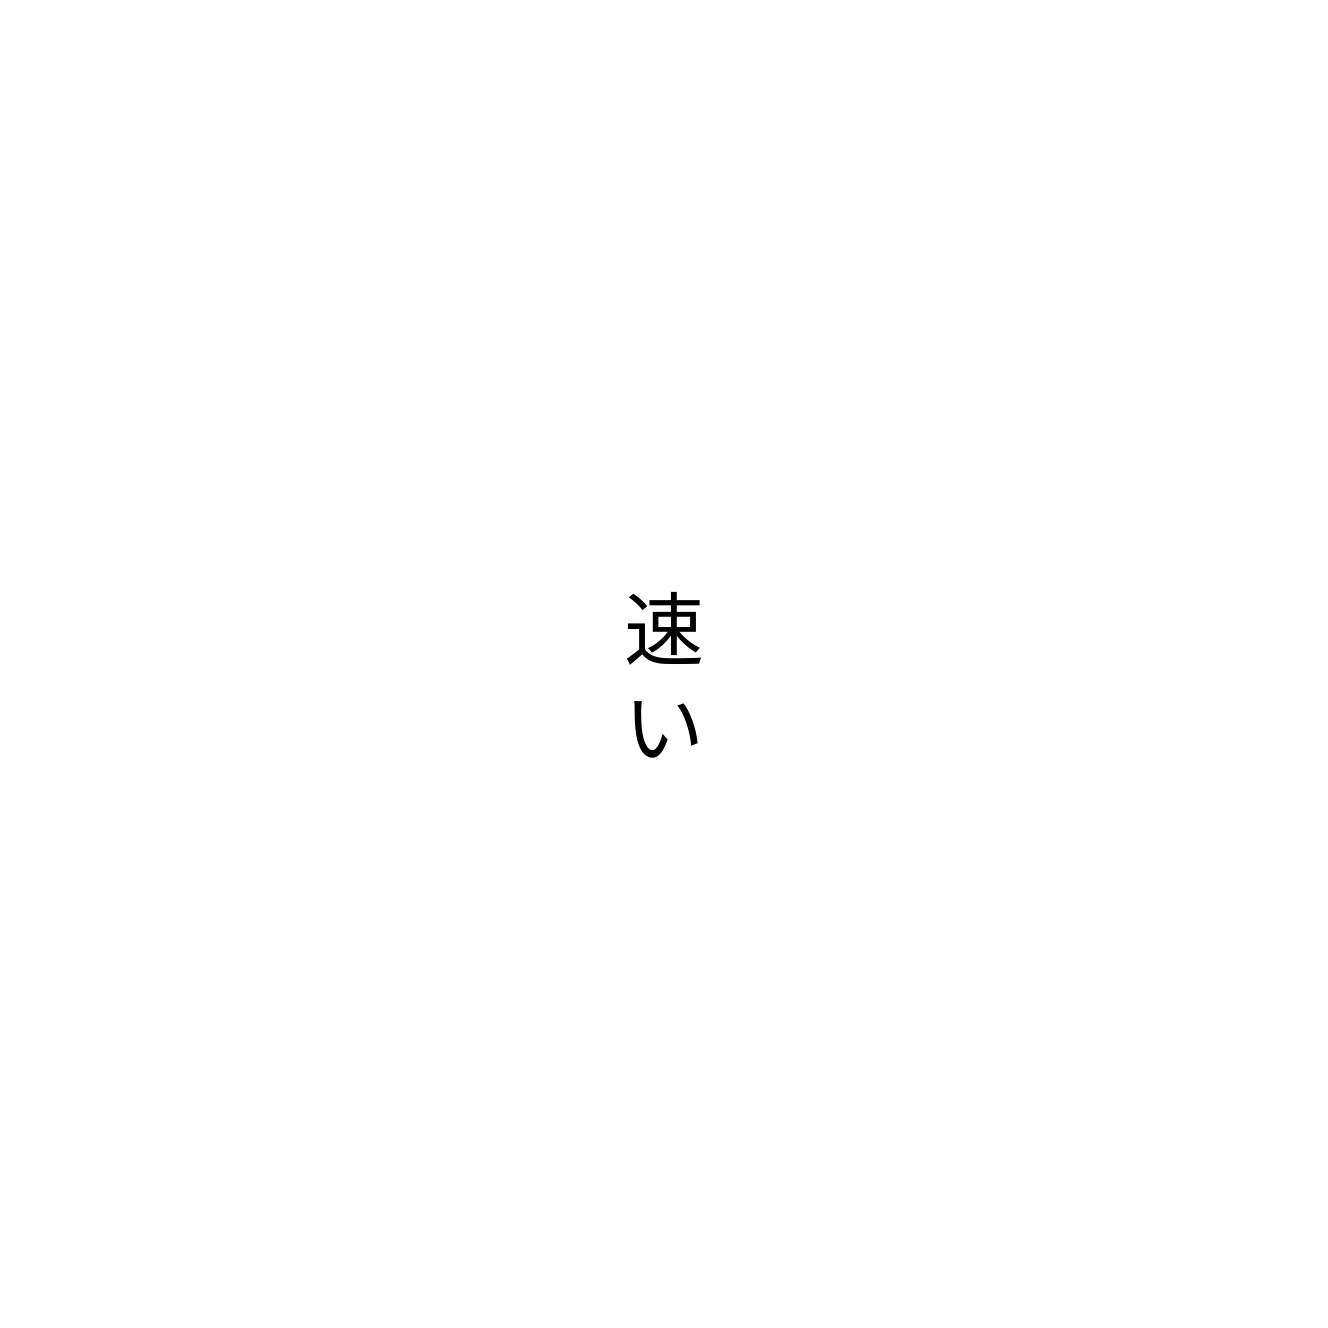
速い